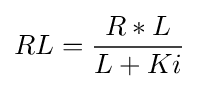
RL={\frac {R*L}{L+Ki}}